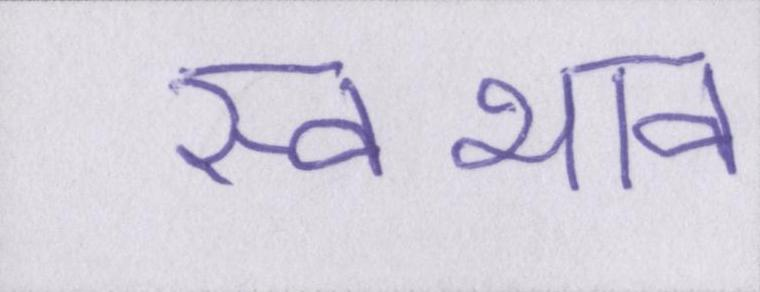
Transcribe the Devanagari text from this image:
स्वभाव